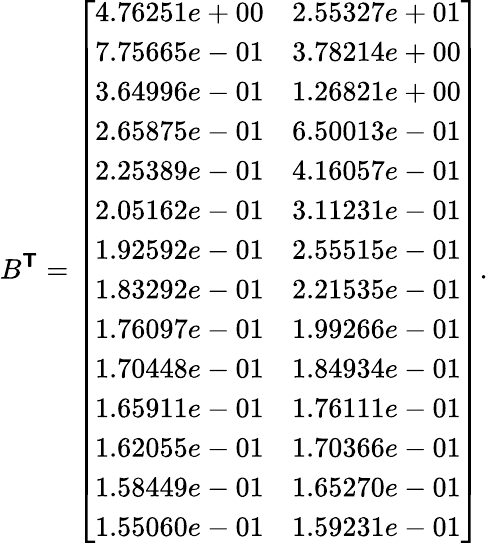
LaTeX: B^{\boldsymbol{\mathsf{T}}}=\left[\begin{array}{ll}{4.76251e+00}&{2.55327e+01}\\ {7.75665e-01}&{3.78214e+00}\\ {3.64996e-01}&{1.26821e+00}\\ {2.65875e-01}&{6.50013e-01}\\ {2.25389e-01}&{4.16057e-01}\\ {2.05162e-01}&{3.11231e-01}\\ {1.92592e-01}&{2.55515e-01}\\ {1.83292e-01}&{2.21535e-01}\\ {1.76097e-01}&{1.99266e-01}\\ {1.70448e-01}&{1.84934e-01}\\ {1.65911e-01}&{1.76111e-01}\\ {1.62055e-01}&{1.70366e-01}\\ {1.58449e-01}&{1.65270e-01}\\ {1.55060e-01}&{1.59231e-01}\end{array}\right].